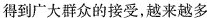
得到广大群众的接受，越来越多